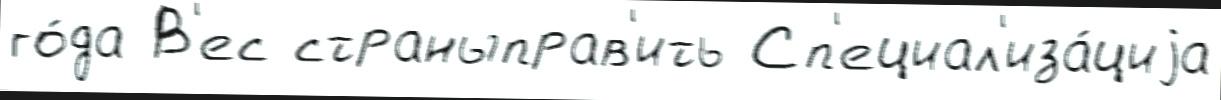
го́да В'ес страныправ'ить Сп'ециал'иза́циjа